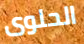
الحلوى